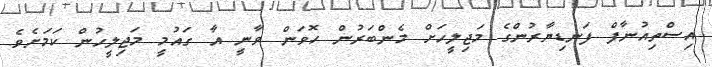
އިސްތިއުނާފް ފަނޑިޔާރުންގެ މަޖިލީހަށް މެންބަރުން ހޮވަން ވާނީ އާ ގައުމީ މަޖިލީހުން ކަމަށެވެ.